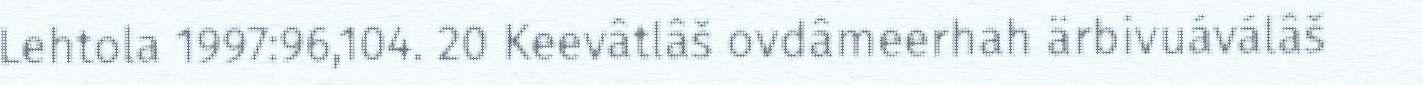
Lehtola 1997:96,104. 20 Keevâtlâš ovdâmeerhah ärbivuáválâš